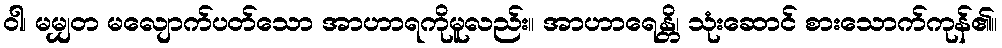
ဝါ၊ မမျှတ မလျောက်ပတ်သော အာဟာရကိုမူလည်း။ အာဟာရေန္တိ၊ သုံးဆောင် စားသောက်ကုန်၏။